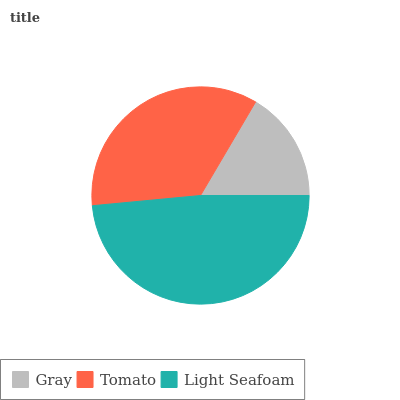
| Gray | Tomato | Light Seafoam |
 | --- | --- | --- |
 | 16.5% | 35% | 48.5% |